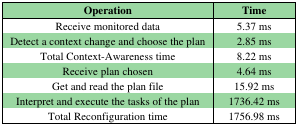
<table><thead><tr><td><b>Operation</b></td><td><b>Time</b></td></tr></thead><tbody><tr><td>Receive monitored data</td><td>5.37 ms</td></tr><tr><td>Detect a context change and choose the plan</td><td>2.85 ms</td></tr><tr><td>Total Context-Awareness time</td><td>8.22 ms</td></tr><tr><td>Receive plan chosen</td><td>4.64 ms</td></tr><tr><td>Get and read the plan file</td><td>15.92 ms</td></tr><tr><td>Interpret and execute the tasks of the plan</td><td>1736.42 ms</td></tr><tr><td>Total Reconfiguration time</td><td>1756.98 ms</td></tr></tbody></table>